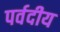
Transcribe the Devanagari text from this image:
पर्वदीय